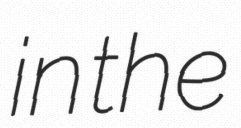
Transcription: in the